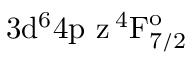
\mathrm { 3 d ^ { 6 } 4 p \ z \, ^ { 4 } F _ { 7 / 2 } ^ { o } }